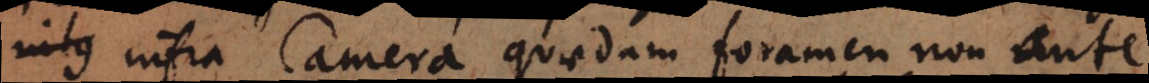
infra Camera quaedam foramen non ante